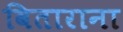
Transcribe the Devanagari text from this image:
विताराना